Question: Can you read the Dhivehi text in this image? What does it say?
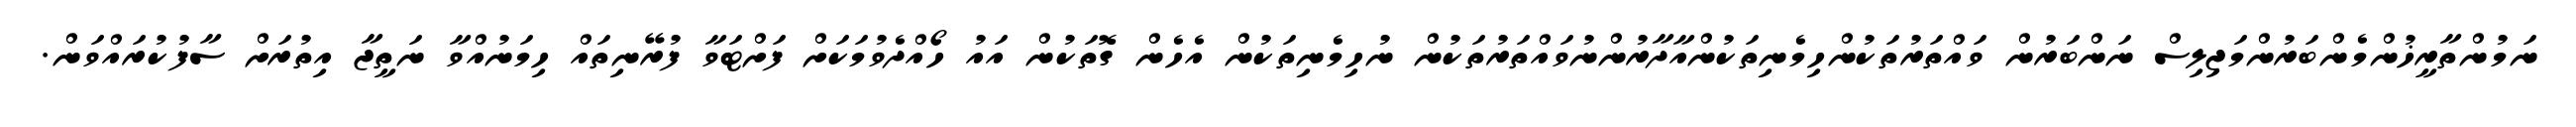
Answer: ނަމުންތާރީޚުންމެންބަރުންމަޖިލިސް ނަންބަރުން ވައްތަރުތަކުންހިމެނިތަކުންއާދާރުންނުވައްތަރުތަކުން ނުހިމެނިތަކުން އެހެން ގޮތަކުން އައު ހޯއްދެވުމަކަށް ފަށްޓަވާ ފުރޭނިތައް ހިމަނުއްވާ ނަތީޖާ އިތުރަށް ސާފުކުރައްވަން.